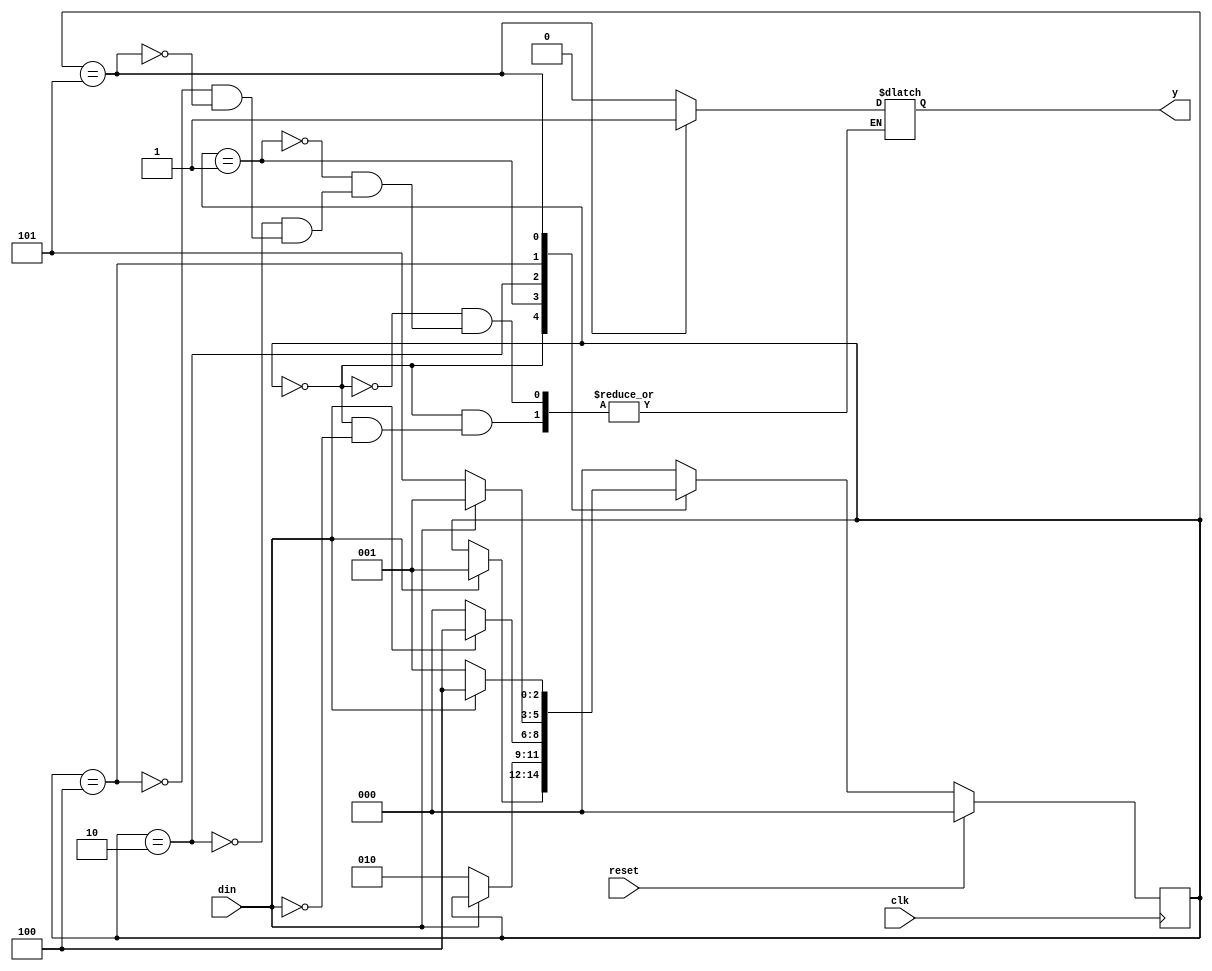
`timescale 1ns / 1ps
//////////////////////////////////////////////////////////////////////////////////
// Company: 
// Engineer: 
// 
// Design Name: 
// Module Name:    moore_fsm 
// Project Name: 
// Target Devices: 
// Tool versions: 
// Description: 
//
// Dependencies: 
//
// Revision: 
// Revision 0.01 - File Created
// Additional Comments: 
//
//////////////////////////////////////////////////////////////////////////////////
module moore_fsm(din, reset, clk, y);
input din;
input clk;
input reset;
output reg y;
reg [2:0] cst, nst;
localparam S0 = 3'b000,
          S1 = 3'b001,
          S2 = 3'b010,
          S3 = 3'b100,
            S4 = 3'b101;
always @(cst or din)
 begin
 case (cst)
   S0: if (din == 1'b1)
          begin
         nst = S1;
          y=1'b0;
          end
      else nst = cst;
   S1: if (din == 1'b0)
          begin
        nst = S2;
          y=1'b0;
          end
       else
          begin
          nst = cst;
          y=1'b0;
          end
   S2: if (din == 1'b1)
          begin
         nst = S3;
          y=1'b0;
          end    
            else
          begin
          nst = S0;
          y=1'b0;
          end
   S3: if (din == 1'b0)
          begin
         nst = S4;
          y=1'b0;
          end
       else
          begin
          nst = S1;
          y=1'b0;
          end
S4: if (din == 1'b0)
          begin
         nst = S1;
          y=1'b1;
          end
          else
          begin
          nst = S3;
          y=1'b1;
          end
   default: nst = S0;
  endcase
end
always@(posedge clk)
begin
          if (reset)
          cst <= S0;
          else
            cst <= nst;
end
endmodule